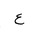
Letter: _ayn